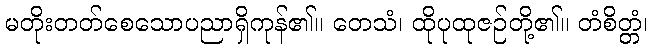
မတိုးတတ်စေသောပညာရှိကုန်၏။ တေသံ၊ ထိုပုထုဇဉ်တို့၏။ တံစိတ္တံ၊